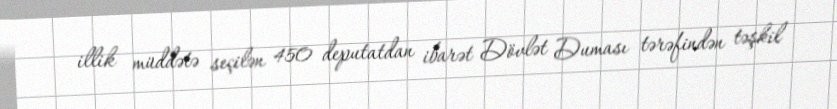
illik müddətə seçilən 450 deputatdan ibarət Dövlət Duması tərəfindən təşkil